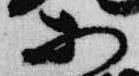
等